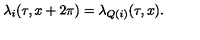
\lambda _ { i } ( \tau , x + 2 \pi ) = \lambda _ { Q ( i ) } ( \tau , x ) .